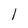
Character: l